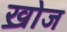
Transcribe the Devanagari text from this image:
ख्रोज